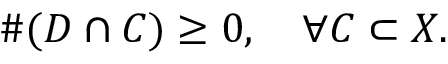
\# ( D \cap C ) \geq 0 , \quad \forall C \subset X .